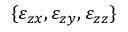
\{ \varepsilon _ { z x } , \varepsilon _ { z y } , \varepsilon _ { z z } \}